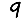
Digit: 9